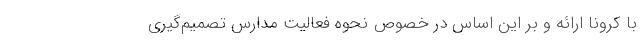
با کرونا ارائه و بر این اساس در خصوص نحوه فعالیت مدارس تصمیم‌گیری